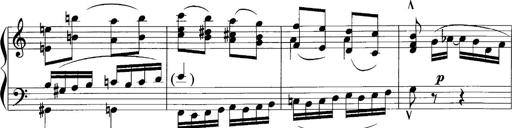
Title: Sonatina No.1
Composer: Otto Stoll
Key: C major